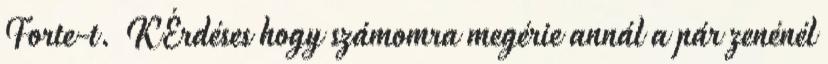
Forte-t. KÉrdéses hogy számomra megérie annál a pár zenénél